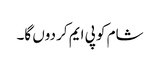
شام کو پی ایم کر دوں گا۔